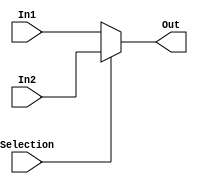
module Mux (In1,In2,Selection,Out);
    //Declaring Inputs:
    input [15:0] In1,In2;
    input Selection;
    
    //Declaring Output:
    output [15:0] Out;

    //Assigning Output:
    assign Out = (~Selection) ? In1 : In2;
endmodule